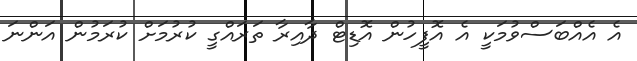
އެ އެއްބަސްވުމަކީ އެ އޮފީހުން އޮޑިޓް ދާއިރާ ތަރައްގީ ކުރުމަށް ކުރަމުން އަންނަ